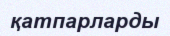
қатпарларды